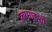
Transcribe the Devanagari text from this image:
फ़रमाइशी